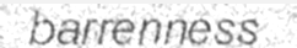
barrenness